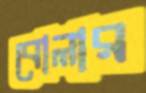
বোলার